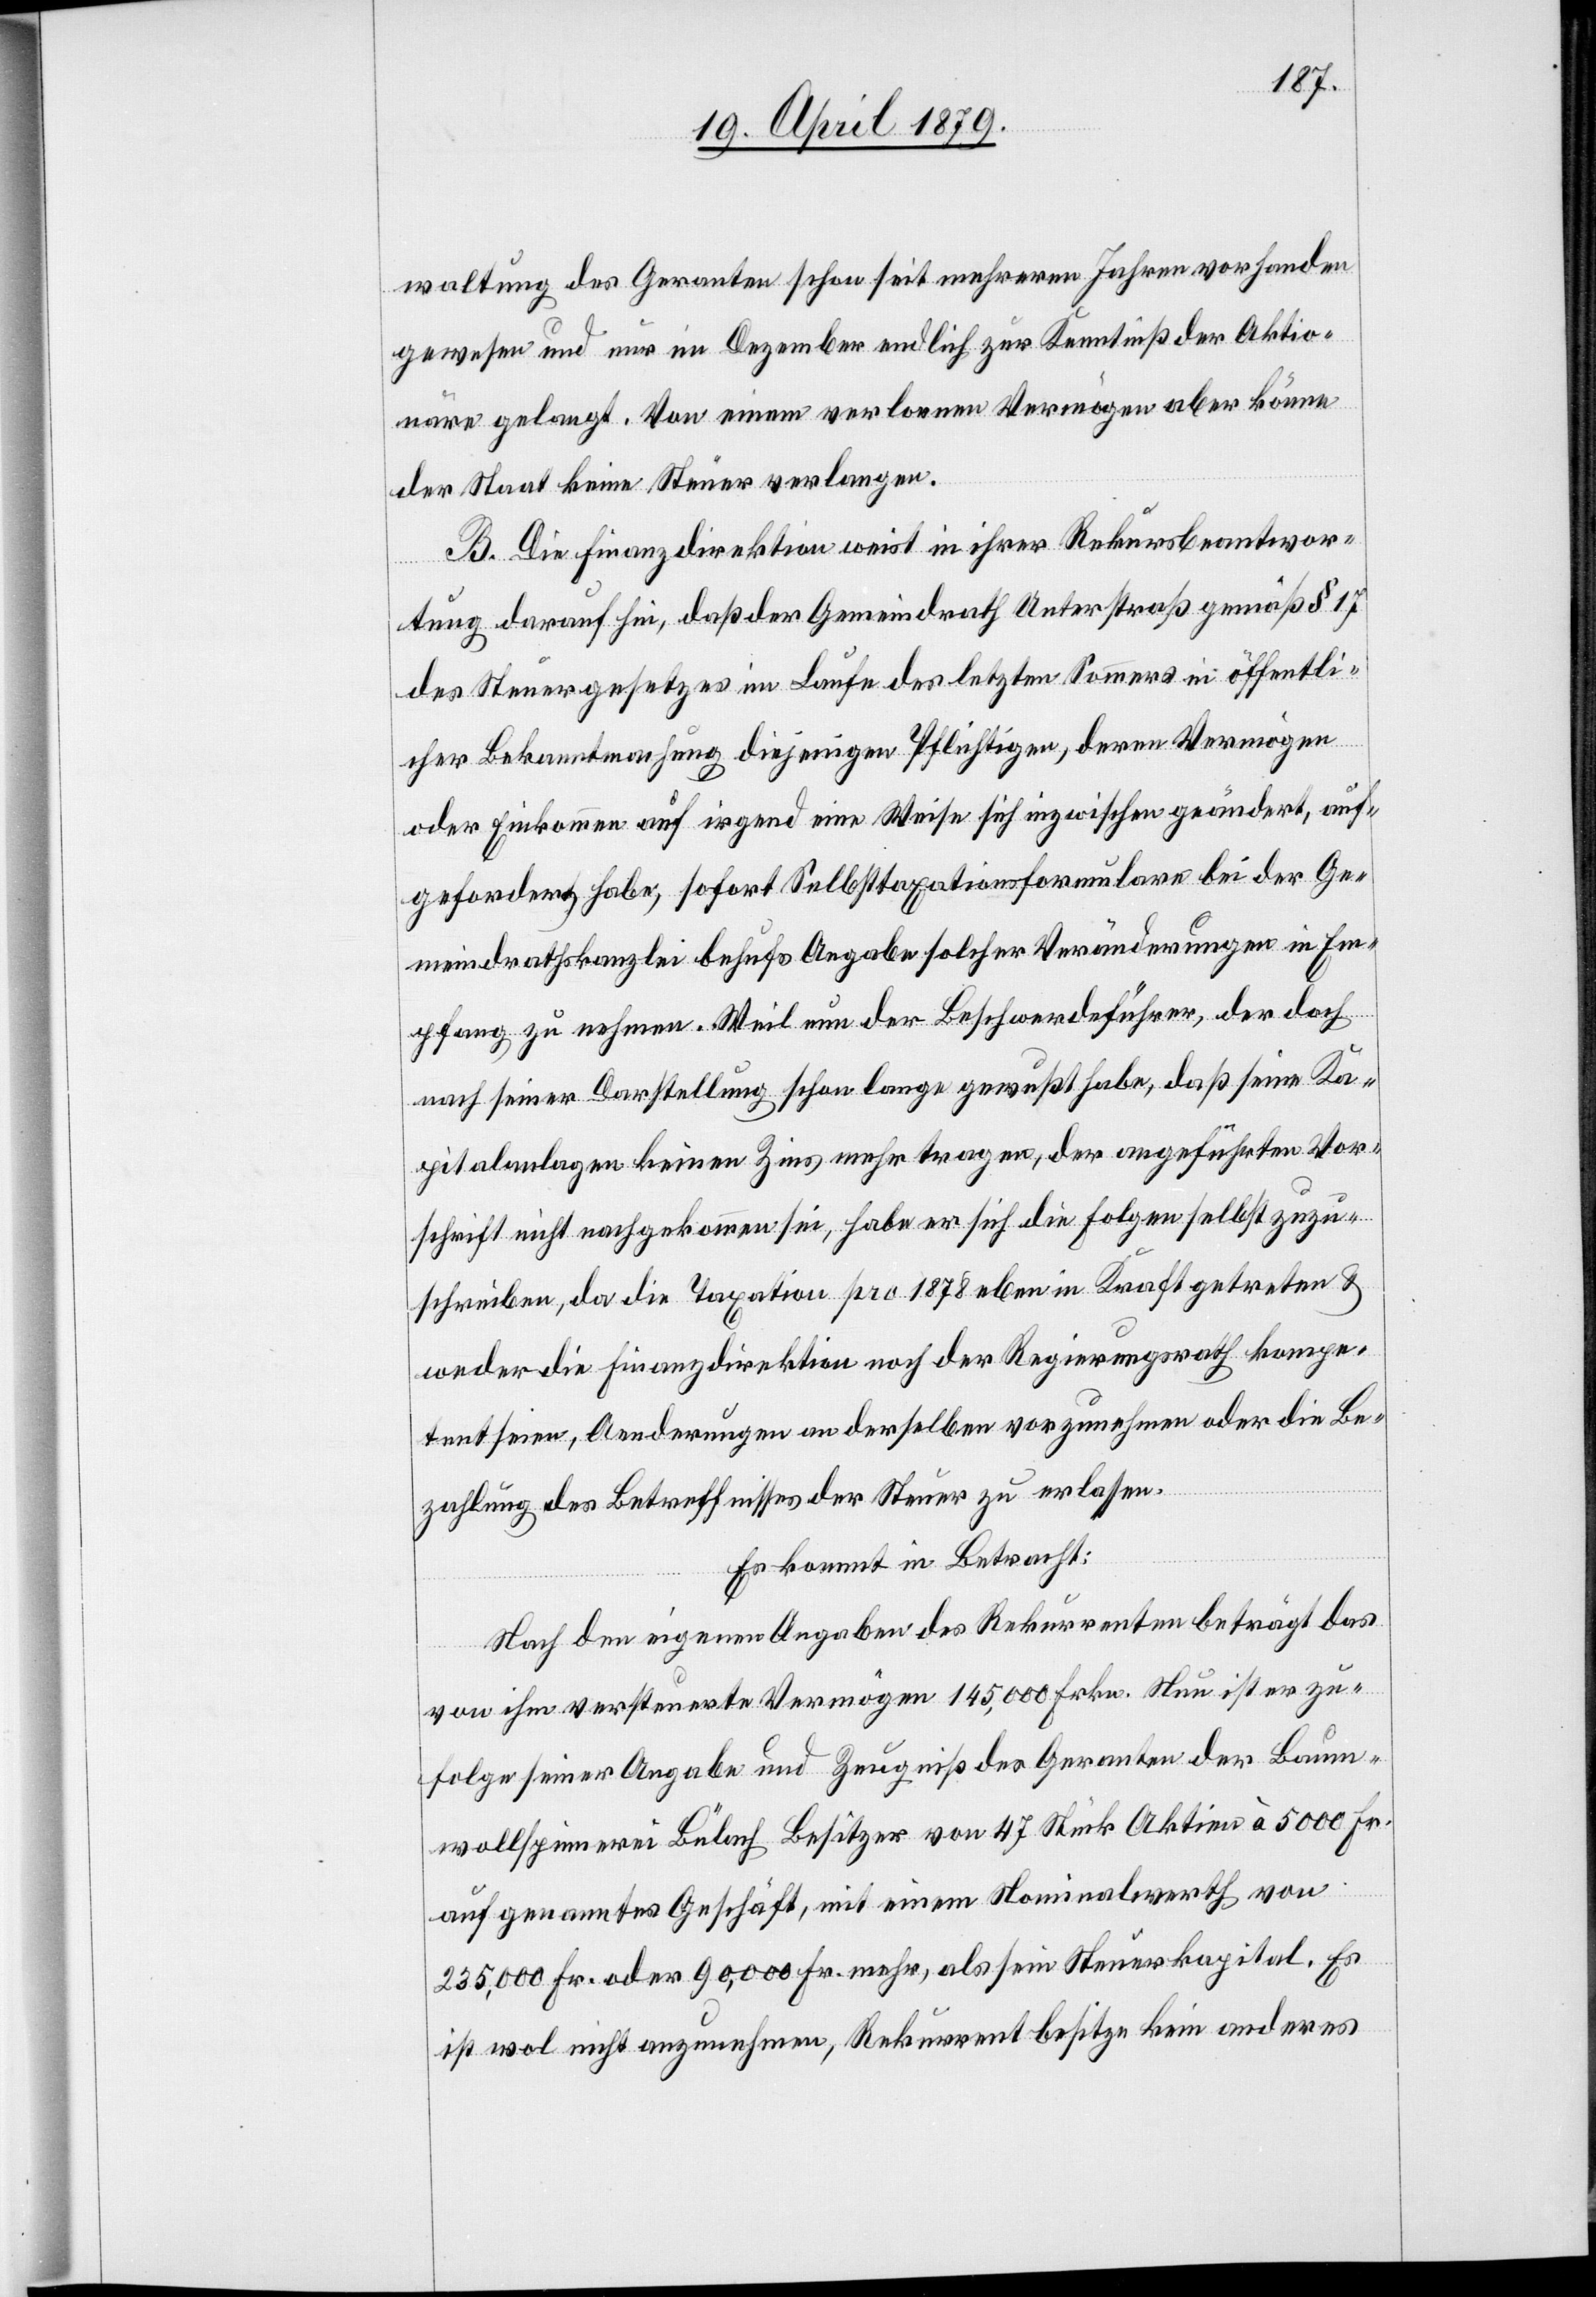
waltung des Geranten schon seit mehreren Jahren vorhanden
gewesen und nur im Dezember endlich zur Kenntniß der Aktio¬
näre gelangt. Von einem verlornen Vermögen aber könne
der Staat keine Steuer verlangen.
B. Die Finanzdirektion weist in ihrer Rekursbeantwor¬
tung darauf hin, daß der Gemeindrath Unterstraß gemäß § 17
des Steuergesetzes im Laufe des letzten Sommers in öffentli¬
cher Bekanntmachung diejenigen Pflichtigen, deren Vermögen
oder Einkommen auf irgend eine Weise sich inzwischen geändert, auf¬
gefordert habe, sofort Selbsttaxationsformulare bei der Ge¬
meindrathskanzlei behufs Angabe solcher Veränderungen in Em¬
pfang zu nehmen. Weil nun der Beschwerdeführer, der doch
nach seiner Darstellung schon lange gewußt habe, daß seine Ka¬
pitalanlagen keinen Zins mehr tragen, der angeführten Vor¬
schrift nicht nachgekommen sei, habe er sich die Folgen selbst zuzu¬
schreiben, da die Taxation pro 1878 eben in Kraft getreten &
weder die Finanzdirektion noch der Regierungsrath kompe¬
tent seien, Aenderungen an derselben vorzunehmen oder die Be¬
zahlung des Betreffnisses der Steuer zu erlassen.
Es kommt in Betracht:
Nach den eigenen Angaben des Rekurrenten beträgt das
von ihm versteuerte Vermögen 145,000 Frkn. Nun ist er zu¬
folge seiner Angabe und Zeugniß des Geranten der Baum¬
wollspinnerei Bülach Besitzer von 47 Stück Aktien à 5000 Fr.
auf genanntes Geschäft, mit einem Nominalwerth von
235,000 Fr. oder 90,000 Fr. mehr, als sein Steuerkapital. Es
ist wol nicht anzunehmen, Rekurrent besitze kein anderes